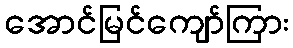
အောင်မြင်ကျော်ကြား